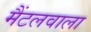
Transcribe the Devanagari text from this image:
मैंटलवाला